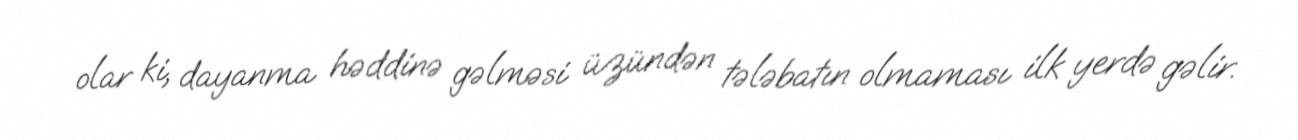
olar ki, dayanma həddinə gəlməsi üzündən tələbatın olmaması ilk yerdə gəlir.